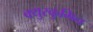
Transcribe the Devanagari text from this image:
क्युरकुमिन